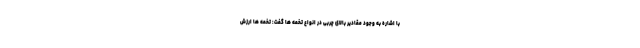
با اشاره به وجود مقادیر بالای چربی در انواع تخمه ها گفت: تخمه ها ارزش